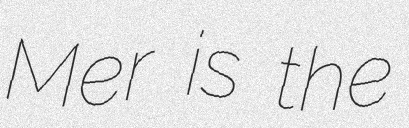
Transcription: Mer is the